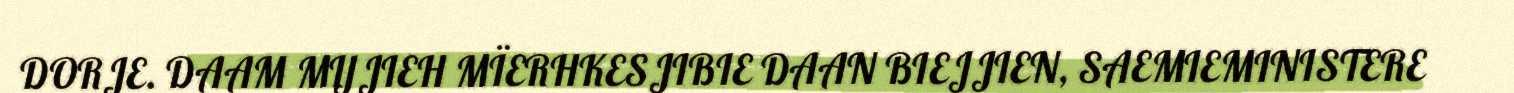
DORJE. DAAM MIJJIEH MÏERHKESJIBIE DAAN BIEJJIEN, SAEMIEMINISTERE